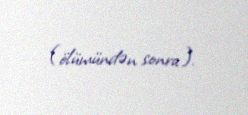
(ölümündən sonra).